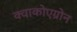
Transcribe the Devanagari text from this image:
क्वाकोएग्रोन